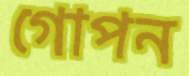
গোপন